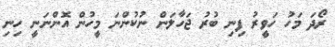
ރޯދަ މަހު ހަވީރު ފިނި ބުރު ޖަހާލަން ނުކުންނަ މީހުން އޮންނަނީ ހިނި